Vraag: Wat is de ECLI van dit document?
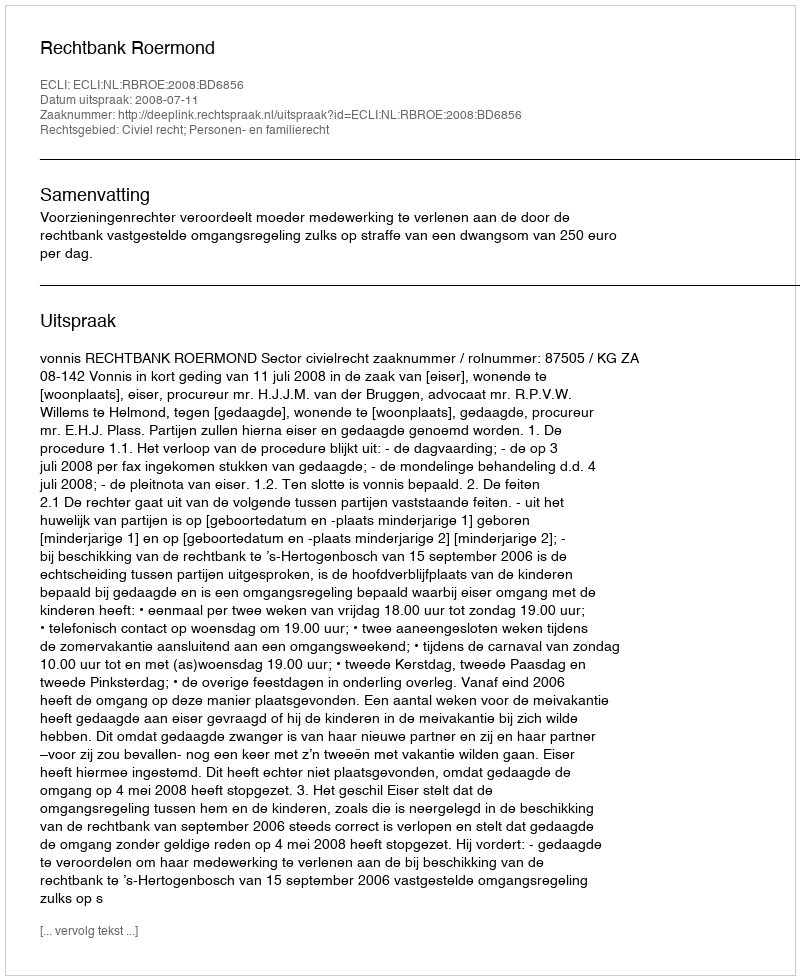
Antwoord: ECLI:NL:RBROE:2008:BD6856